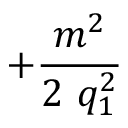
+ \frac { m ^ { 2 } } { 2 \mathrm { ~ } q _ { 1 } ^ { 2 } }